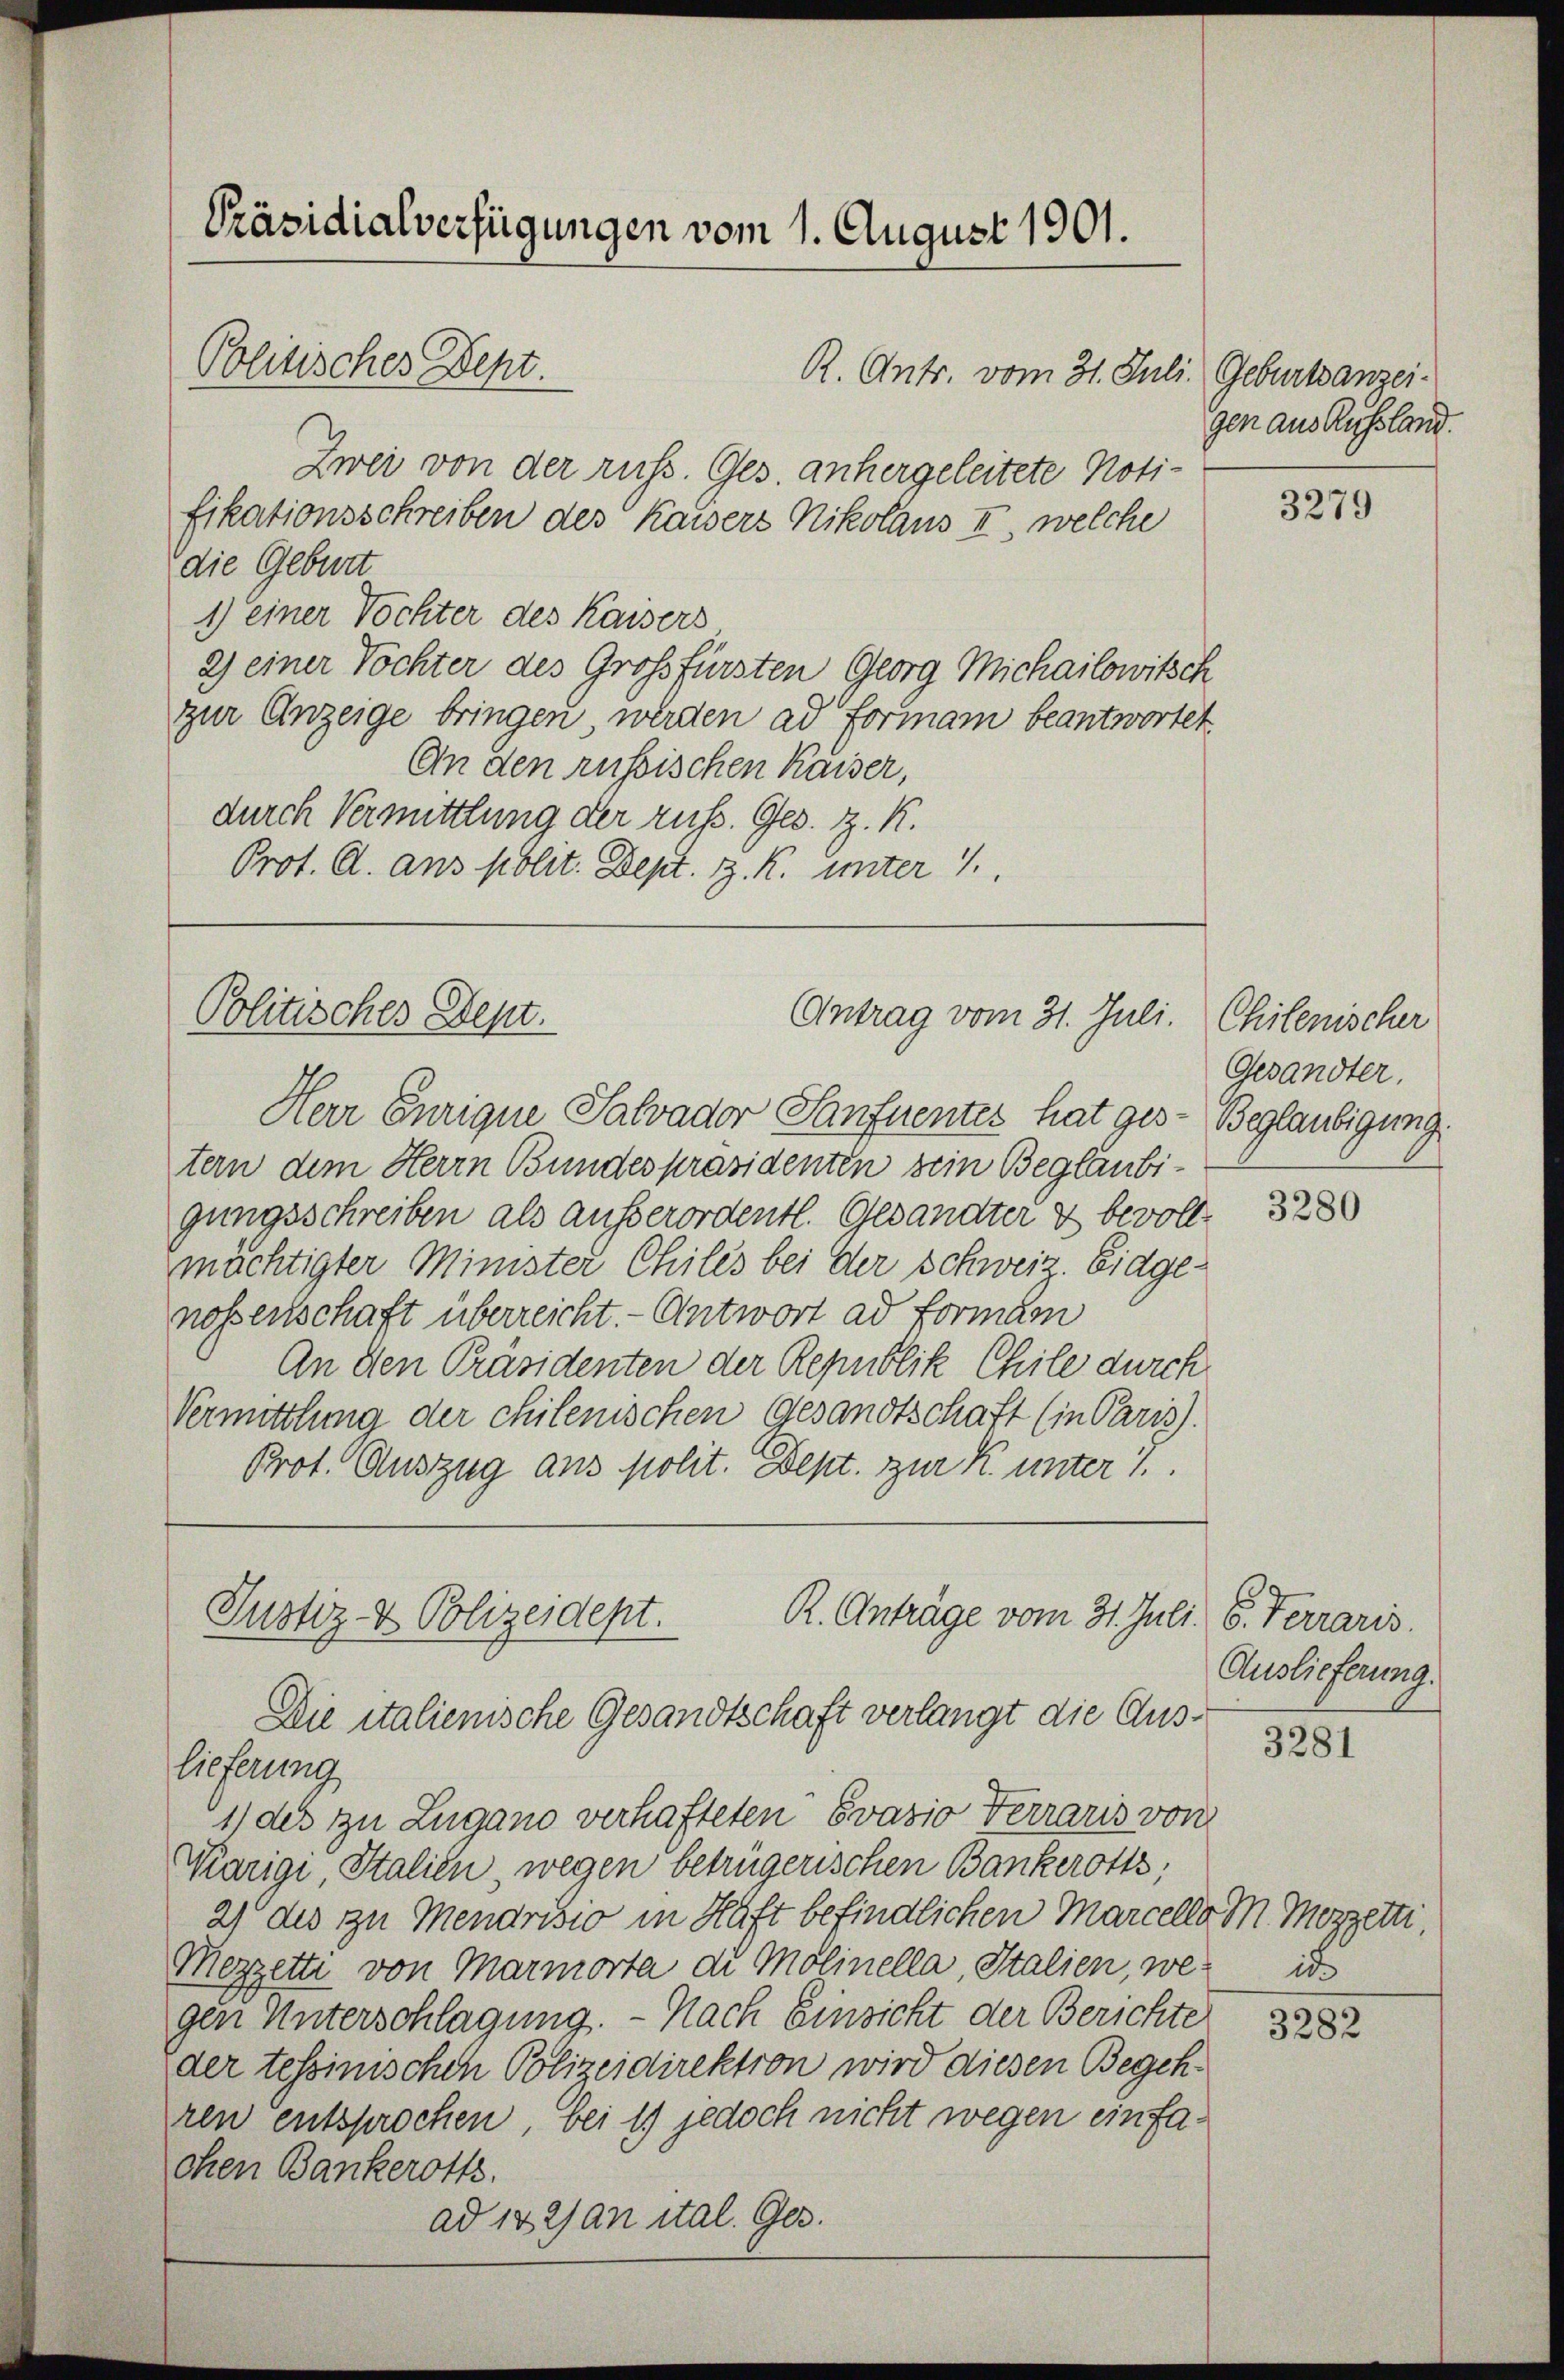
Präsidialverfügungen vom 1. August 1901.

Politisches Dept.

R. Antr. vom 31. Juli Geburtsanzei¬
Zwei von der russ. Ges anhergeleitete Notifikationsschreiben des Kaisers Nikolaus II, welche
die Geburt
1) einer Töchter des Kaisers
2) einer Töchter des Großfürsten Georg Michailowitsch
zur Anzeige bringen, werden ad formani beantwortet
An den russischen Kaiser,
durch Vermittlung der russ. Ges. Z. K.
Prot. A. ans polit. Dept. z. R. unter 1

Herr Eurique Salvador Sanfuentes hat gestern dem Herrn Bundespräsidenten sein Beglaubigungsschreiben als außerordentl. Gesandter & bevollmächtigter Minister Chiles bei der Schweiz. Eidgenossenschaft überreicht. - Antwort ad Forman
An den Präsidenten der Republik Chile durch
Vermittlung der chilenischen Gesandtschaft (in Paris).
Prot. Auszug aus polit. Dept. zur K. unter 7.

Politisches Sept.

Antrag vom 31. Juli. Chilenischer

R. Anträge vom 31. Juli. 6. Ferraris.
Justiz- & Polizeidept.
Die italienische Gesandtschaft verlangt die Aus¬

gen aus Russland.

lieferung
1) des zu Zugano verhafteten Evasio Ferraris von
Marige, Stalien, wegen betrügerischen Bankerotts,
2) des zu Mendrisio in Haft befindlichen Marcello M. Mozzetti,
Mezzetti von Marmorta di Molinella, Italien, we
gen Unterschlagung. - Nach Einsicht der Berichte
der tessinischen Polizeidirektion wird diesen Begehren entsprochen, bei 1) jedoch nicht wegen einfaohen Bankerotts.
ad 132) an ital. Ges.

3279

Gesandter.
Beglaubigung.

3280

Auslieferung.

3281

ic

3282